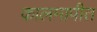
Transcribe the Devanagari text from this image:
कालमापीत